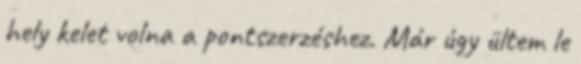
hely kelet volna a pontszerzéshez. Már úgy ültem le